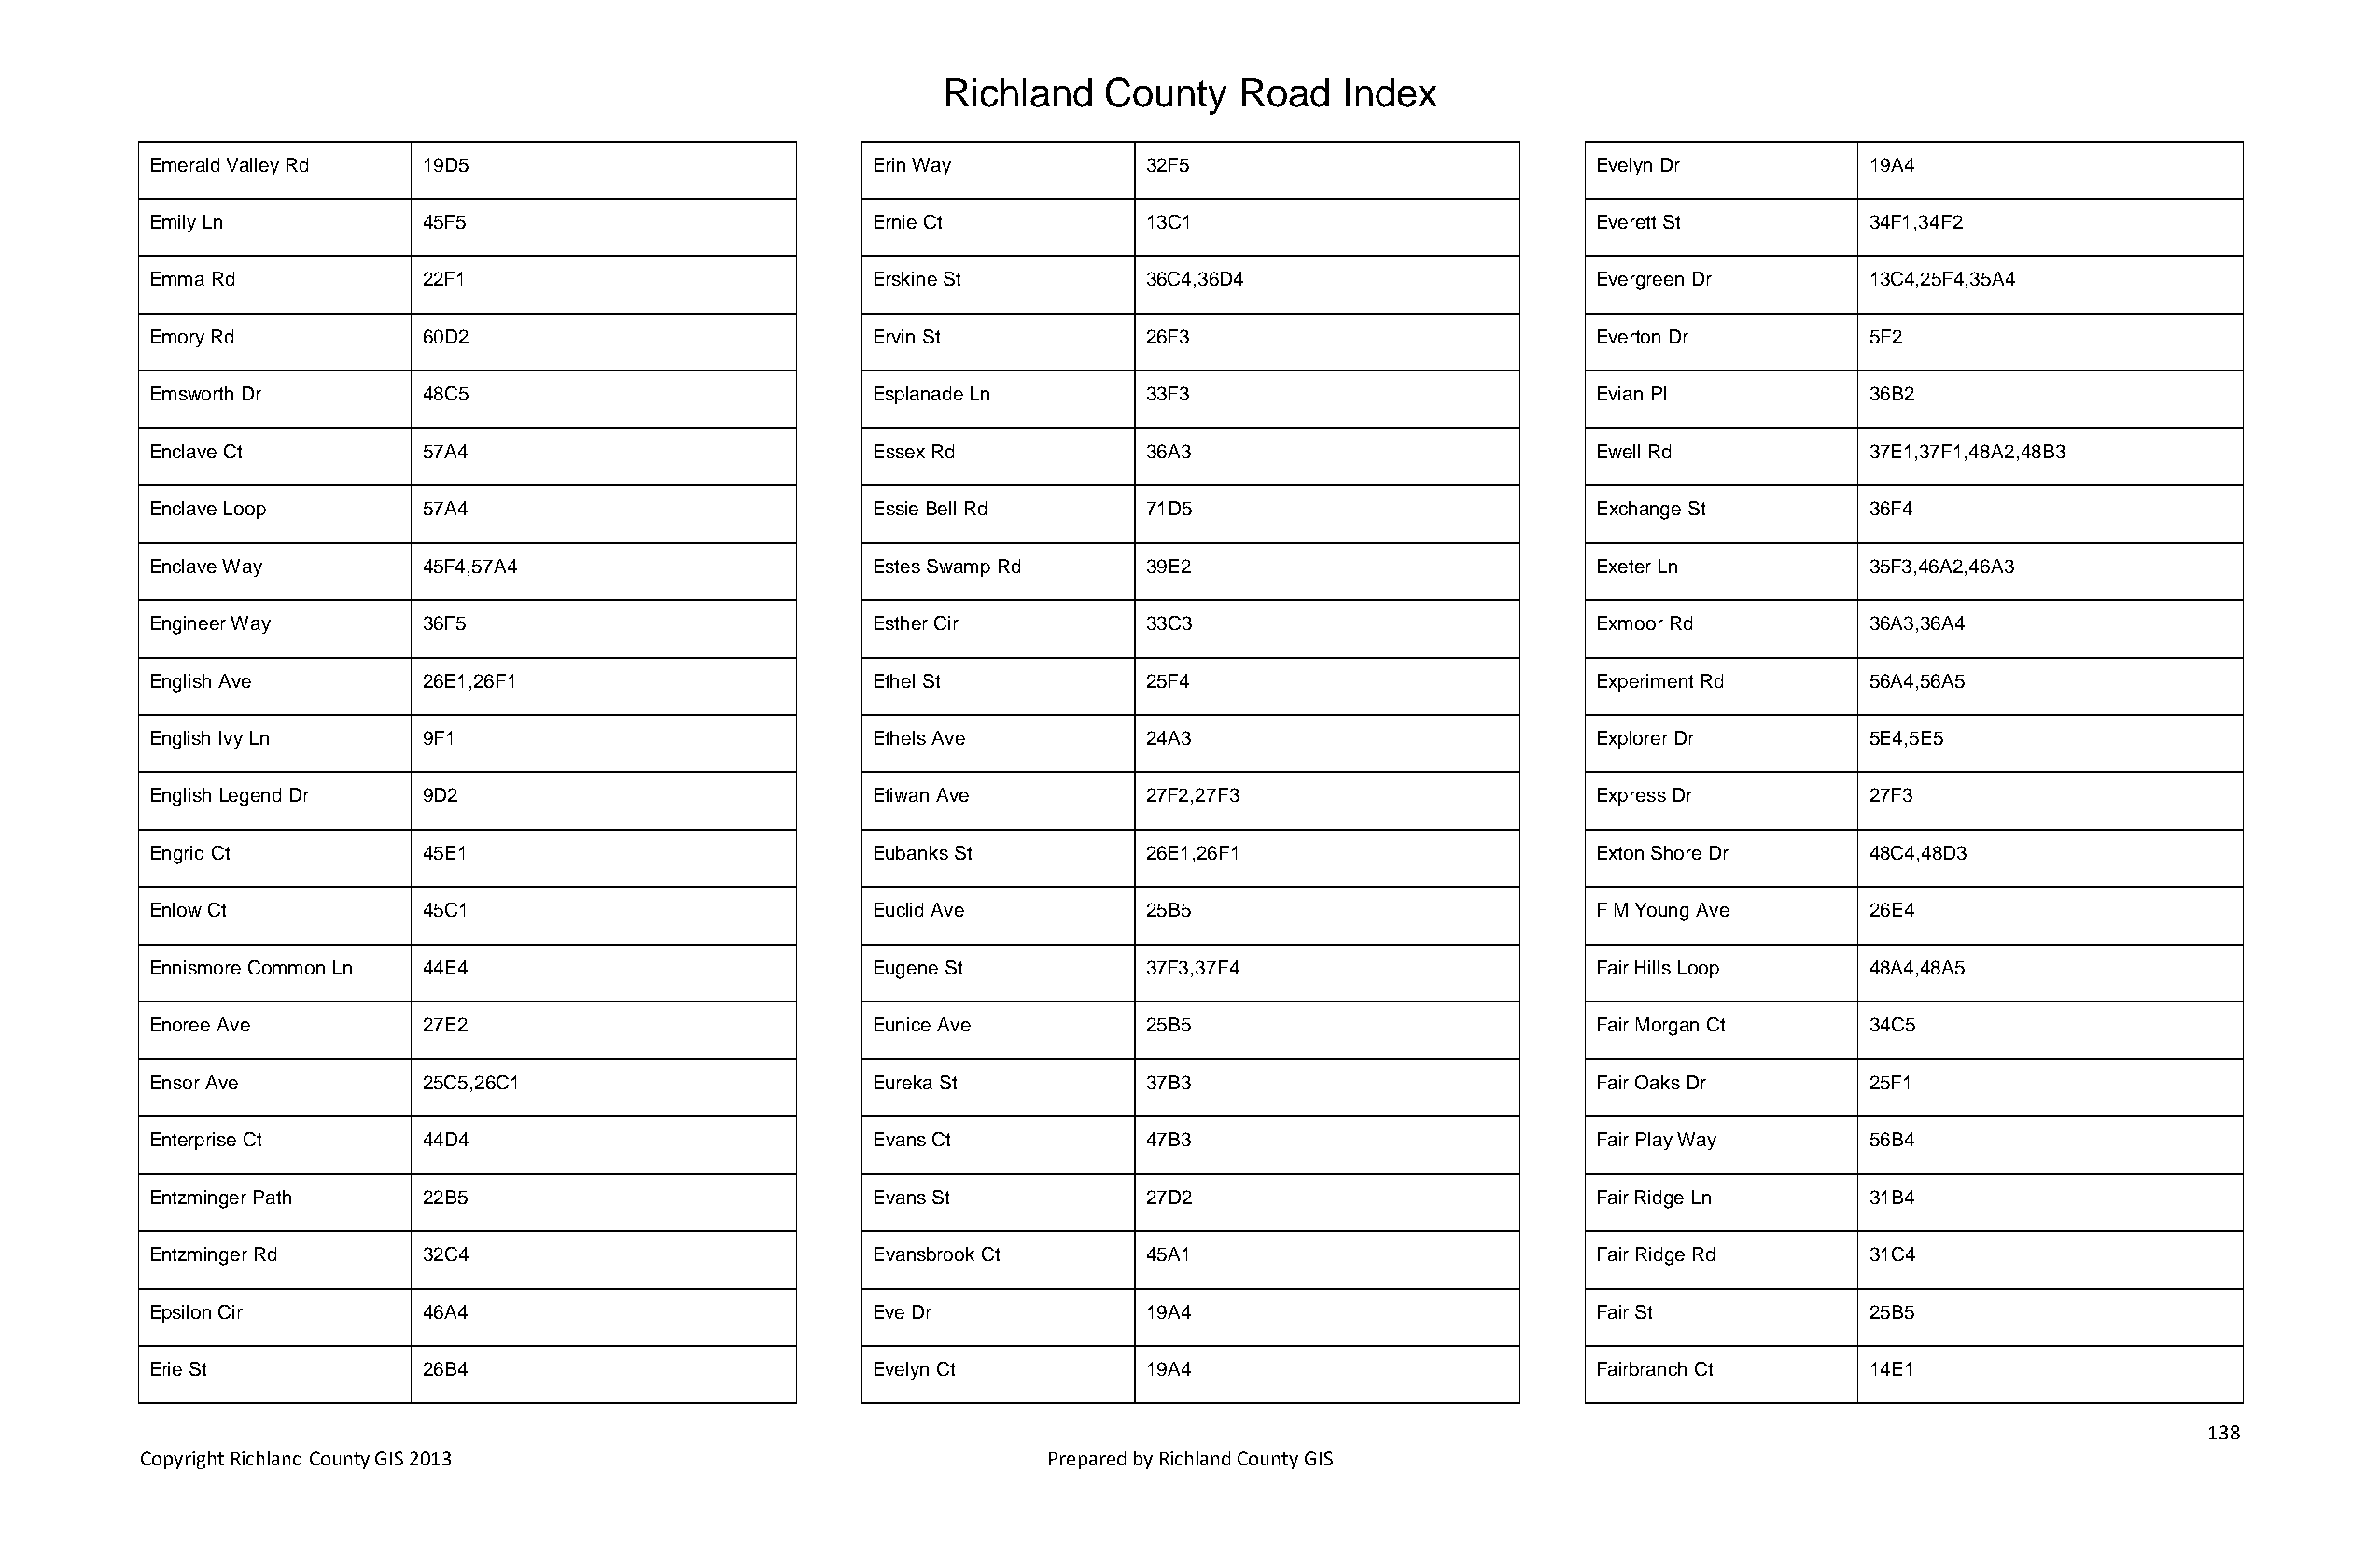
Richland   County    Road   Index
 Emerald Valley Rd  19D5                            Erin Way           32F5                            Evelyn Dr           19A4
 Emily Ln           45F5                            Ernie Ct           13C1                            Everett St          34F1,34F2
 Emma Rd            22F1                            Erskine St         36C4,36D4                       Evergreen Dr        13C4,25F4,35A4
 Emory Rd           60D2                            Ervin St           26F3                            Everton Dr          5F2
 Emsworth Dr        48C5                            Esplanade Ln       33F3                            Evian Pl            36B2
 Enclave Ct         57A4                            Essex Rd           36A3                            Ewell Rd            37E1,37F1,48A2,48B3
 Enclave Loop       57A4                            Essie Bell Rd      71D5                            Exchange St         36F4
 Enclave Way        45F4,57A4                       Estes Swamp Rd     39E2                            Exeter Ln           35F3,46A2,46A3
 Engineer Way       36F5                            Esther Cir         33C3                            Exmoor Rd           36A3,36A4
 English Ave        26E1,26F1                       Ethel St           25F4                            Experiment Rd       56A4,56A5
 English Ivy Ln     9F1                             Ethels Ave         24A3                            Explorer Dr         5E4,5E5
 English Legend Dr  9D2                             Etiwan Ave         27F2,27F3                       Express Dr          27F3
 Engrid Ct          45E1                            Eubanks St         26E1,26F1                       Exton Shore Dr      48C4,48D3
 Enlow Ct           45C1                            Euclid Ave         25B5                            F M Young Ave       26E4
 Ennismore Common Ln 44E4                           Eugene St          37F3,37F4                       Fair Hills Loop     48A4,48A5
 Enoree Ave         27E2                            Eunice Ave         25B5                            Fair Morgan Ct      34C5
 Ensor Ave          25C5,26C1                       Eureka St          37B3                            Fair Oaks Dr        25F1
 Enterprise Ct      44D4                            Evans Ct           47B3                            Fair Play Way       56B4
 Entzminger Path    22B5                            Evans St           27D2                            Fair Ridge Ln       31B4
 Entzminger Rd      32C4                            Evansbrook Ct      45A1                            Fair Ridge Rd       31C4
 Epsilon Cir        46A4                            Eve Dr             19A4                            Fair St             25B5
 Erie St            26B4                            Evelyn Ct          19A4                            Fairbranch Ct       14E1
 138
 Copyright Richland County GIS 2013                              Prepared by Richland County GIS